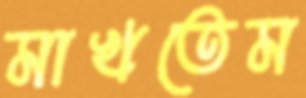
মাখতেম